Proceedings of the meeting of veterinary officers in India
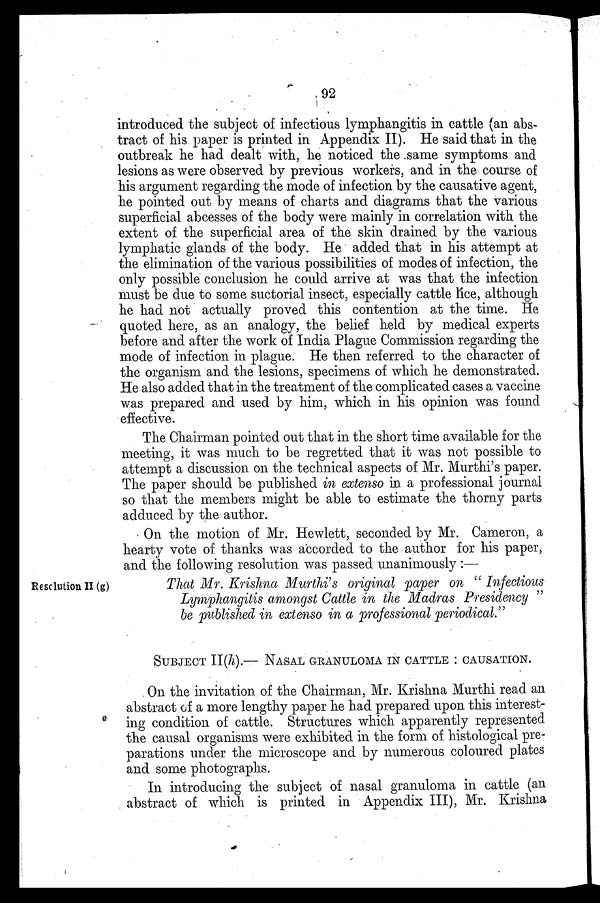
92
introduced the subject of infectious lymphangitis in cattle (an abs-
tract of his paper is printed in Appendix II). He said that in the
outbreak he had dealt with, he noticed the same symptoms and
lesions as were observed by previous workers, and in the course of
his argument regarding the mode of infection by the causative agent,
he pointed out by means of charts and diagrams that the various
superficial abcesses of the body were mainly in correlation with the
extent of the superficial area of the skin drained by the various
lymphatic glands of the body. He added that in his attempt at
the elimination of the various possibilities of modes of infection, the
only possible conclusion he could arrive at was that the infection
must be due to some suctorial insect, especially cattle lice, although
he had not actually proved this contention at the time. He
quoted here, as an analogy, the belief held by medical experts
before and after the work of India Plague Commission regarding the
mode of infection in plague. He then referred to the character of
the organism and the lesions, specimens of which he demonstrated.
He also added that in the treatment of the complicated cases a vaccine
was prepared and used by him, which in his opinion was found
effective.
The Chairman pointed out that in the short time available for the
meeting, it was much to be regretted that it was not possible to
attempt a discussion on the technical aspects of Mr. Murthi's paper.
The paper should be published in extenso in a professional journal
so that the members might be able to estimate the thorny parts
adduced by the author.
On the motion of Mr. Hewlett, seconded by Mr. Cameron, a
hearty vote of thanks was accorded to the author for his paper,
and the following resolution was passed unanimously :—
Resolution II (g)
That Mr. Krishna Murthi's original paper on " Infectious
Lymphangitis amongst Cattle in the Madras Presidency"
be published in extenso in a professional periodical.''
SUBJECT II(h).- NASAL GRANULOMA IN CATTLE: CAUSATION.
On the invitation of the Chairman, Mr. Krishna Murthi read an
abstract of a more lengthy paper he had prepared upon this interest-
ing condition of cattle. Structures which apparently represented
the causal organisms were exhibited in the form of histological pre-
parations under the microscope and by numerous coloured plates
and some photographs.
In introducing the subject of nasal granuloma in cattle (an
abstract of which is printed in Appendix III), Mr. Krishna